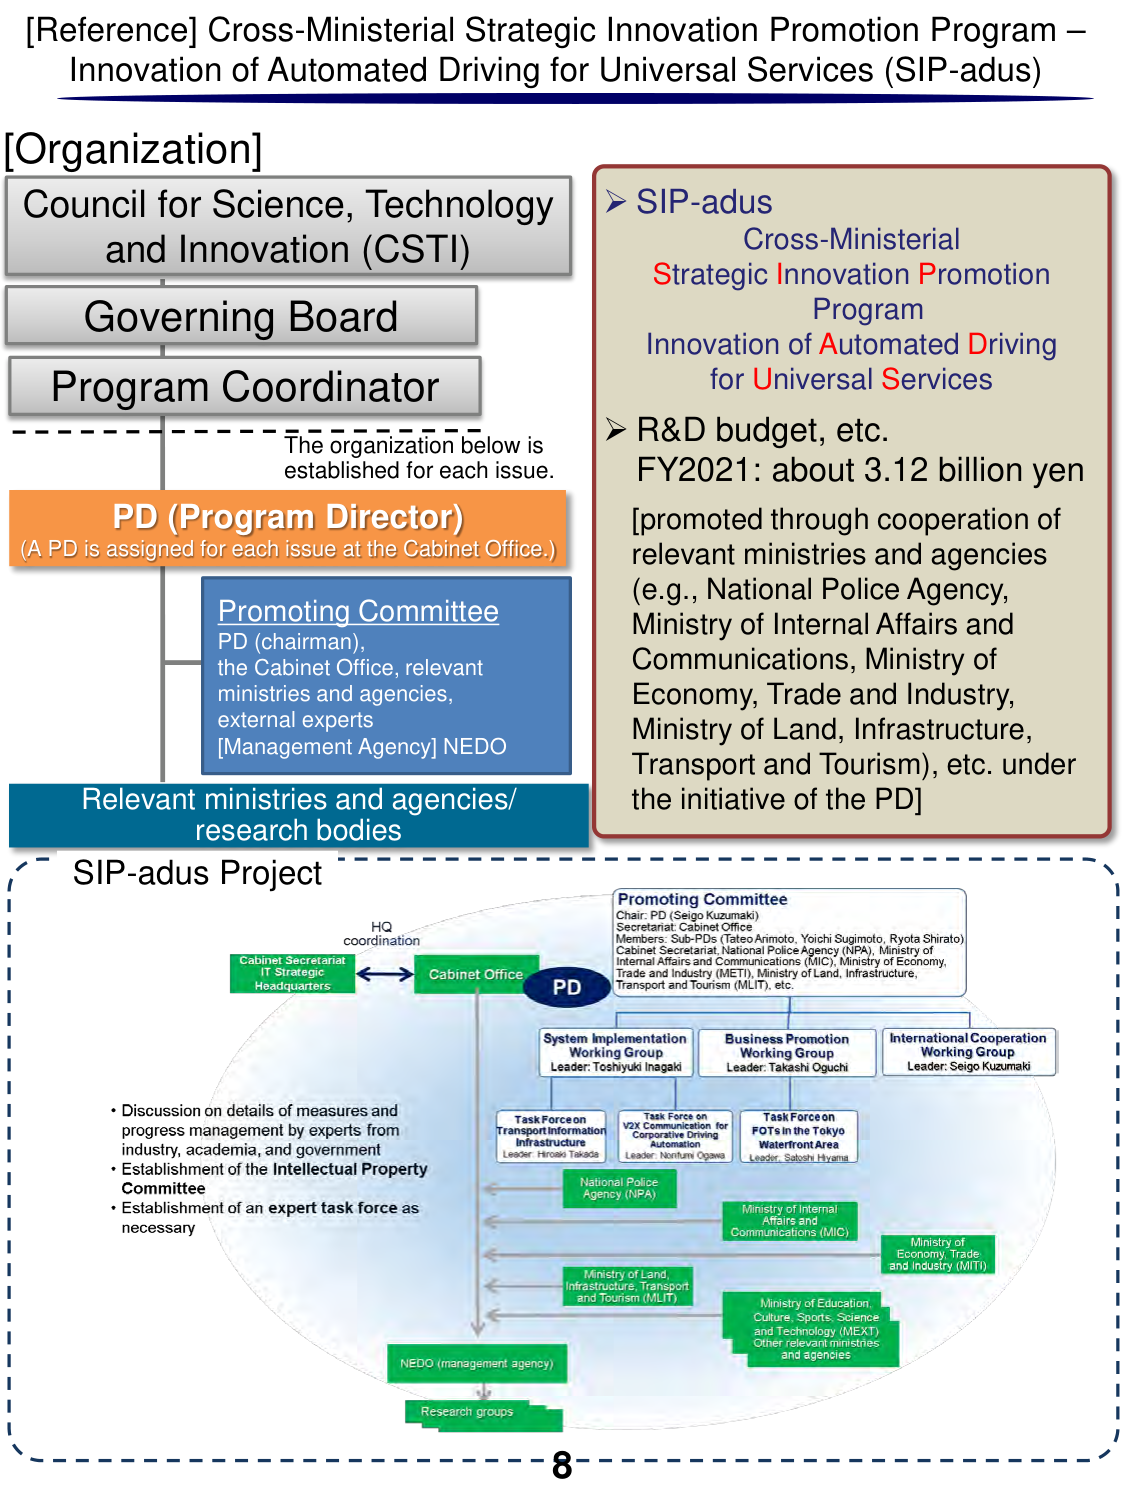
[Reference] Cross-Ministerial Strategic Innovation Promotion Program – Innovation of Automated Driving for Universal Services (SIP-adus)

[Organization]
Council for Science, Technology and Innovation (CSTI)
Governing Board
Program Coordinator
The organization below is established for each issue.
PD (Program Director)
(A PD is assigned for each issue at the Cabinet Office.)
Promoting Committee
PD (chairman), the Cabinet Office, relevant ministries and agencies, external experts
[Management Agency] NEDO
Relevant ministries and agencies/ research bodies

➤ SIP-adus
Cross-Ministerial Strategic Innovation Promotion Program
Innovation of Automated Driving for Universal Services
➤ R&D budget, etc.
FY2021: about 3.12 billion yen
[promoted through cooperation of relevant ministries and agencies (e.g., National Police Agency, Ministry of Internal Affairs and Communications, Ministry of Economy, Trade and Industry, Ministry of Land, Infrastructure, Transport and Tourism), etc. under the initiative of the PD]

SIP-adus Project
HQ coordination
Cabinet Secretariat IT Strategic Headquarters ↔ Cabinet Office
PD
Promoting Committee
Chair: PD (Seigo Kuzumaki)
Secretariat: Cabinet Office
Members: Sub-PDs (Tateo Arimoto, Yoichi Sugimoto, Ryota Shirato)
Cabinet Secretariat, National Police Agency (NPA), Ministry of Internal Affairs and Communications (MIC), Ministry of Economy, Trade and Industry (METI), Ministry of Land, Infrastructure, Transport and Tourism (MLIT), etc.

System Implementation Working Group
Leader: Toshiyuki Inagaki

Business Promotion Working Group
Leader: Takashi Oguchi

International Cooperation Working Group
Leader: Seigo Kuzumaki

Task Force on Transport Information Infrastructure
Leader: Hiroaki Takada

Task Force on V2X Communication for Cooperative Driving Automation
Leader: Norifumi Ogawa

Task Force on FOTs in the Tokyo Waterfront Area
Leader: Satoshi Hyama

National Police Agency (NPA)
Ministry of Internal Affairs and Communications (MIC)
Ministry of Economy, Trade and Industry (METI)
Ministry of Land, Infrastructure, Transport and Tourism (MLIT)
Ministry of Education, Culture, Sports, Science and Technology (MEXT)
Other relevant ministries and agencies

NEDO (management agency)
Research groups

• Discussion on details of measures and progress management by experts from industry, academia, and government
• Establishment of the Intellectual Property Committee
• Establishment of an expert task force as necessary

8